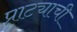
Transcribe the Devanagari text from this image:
प्राट्याची